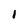
Character: 1